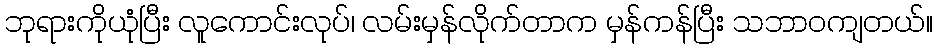
ဘုရားကိုယုံပြီး လူကောင်းလုပ်၊ လမ်းမှန်လိုက်တာက မှန်ကန်ပြီး သဘာဝကျတယ်။